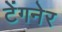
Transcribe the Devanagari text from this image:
टेंगनेर